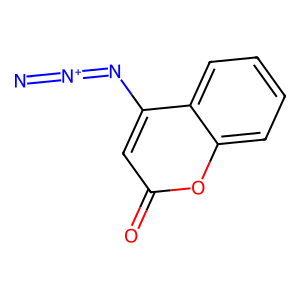
SMILES: [N-]=[N+]=Nc1cc(=O)oc2ccccc12
Inhibits HIV replication: No